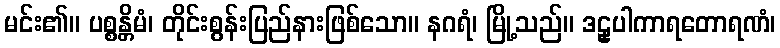
မင်း၏။ ပစ္စန္တိမံ၊ တိုင်းစွန်းပြည်နားဖြစ်သော။ နဂရံ၊ မြို့သည်။ ဒဠှပါကာရတောရဏံ၊